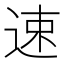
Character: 速